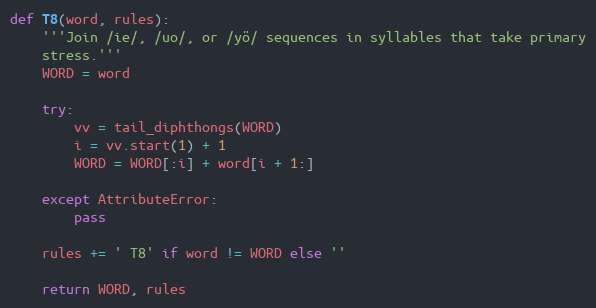
Language: Python
def T8(word, rules):
    '''Join /ie/, /uo/, or /yö/ sequences in syllables that take primary
    stress.'''
    WORD = word

    try:
        vv = tail_diphthongs(WORD)
        i = vv.start(1) + 1
        WORD = WORD[:i] + word[i + 1:]

    except AttributeError:
        pass

    rules += ' T8' if word != WORD else ''

    return WORD, rules